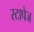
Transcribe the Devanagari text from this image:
स्टापेज